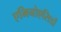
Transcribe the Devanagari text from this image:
एमिनोएसिडों